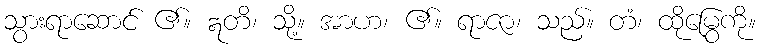
သွားရာဆောင် ၏။ ဣတိ၊ သို့။ အာဟ၊ ၏။ ရာဇာ၊ သည်။ တံ၊ ထိုမြွေကို။